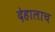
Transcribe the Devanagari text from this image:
देहालाच